Vaccination in Bombay 1902-1912 - 1902-1912
Year: 1902
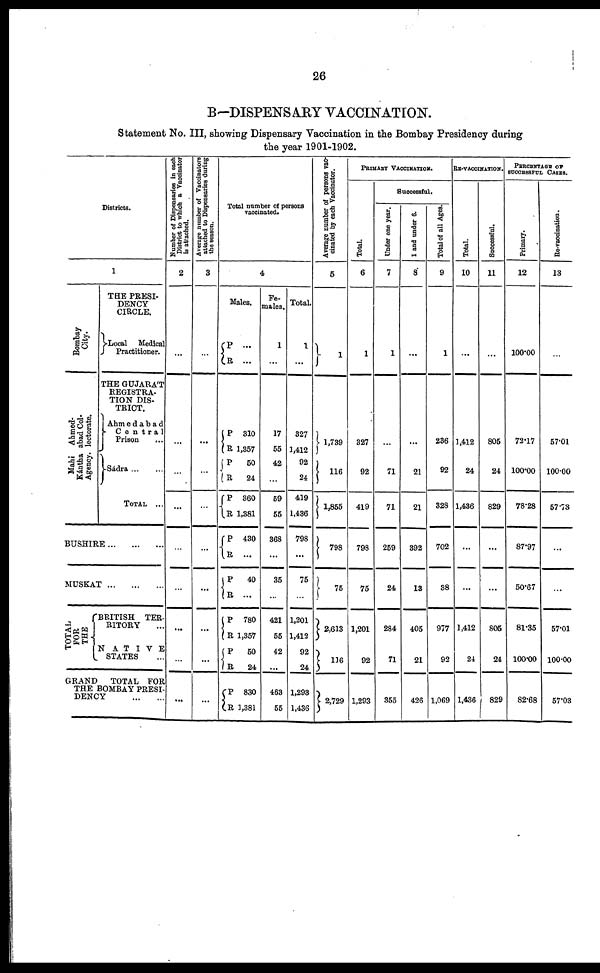
26
B—DISPENSARY VACCINATION.
Statement No. III, showing Dispensary Vaccination in the Bombay Presidency during
the year 1901-1902.
Districts.
1
Bombay
City.
Ahmed¬
abad Col¬
lectorate.
Mahi
Kántha
Agency.
THE PRESI-
DENCY
CIRCLE.
Local Medical
Practitioner.
THE GUJARÁT
REGISTRA-
TION DIS-
TRICT.
Ahmedabad
Central
Prison ...
Sádra ... ...
TOTAL ...
BUSHIRE
...
...
...
MUSKAT
...
...
...
TOTAL
FOR
THE
BRITISH TER¬
RITORY
NATIVE
STATES ...
GRAND
TOTAL FOR
THE BOMBAY PRESI-
DENCY
...
...
Number of Dispensaries in each
District to which a Vaccinator
is attached.
2
...
...
...
...
...
...
...
...
...
Average number of Vaccinators
attached to Dispensaries during
the season.
3
...
...
...
...
...
...
...
...
...
Total number of persons
vaccinated.
4
Males.
P
R
P
R
P
R
P
R
P
R
P
R
P
R
P
R
P
R
...
...
310
1,357
50
24
360
1,381
430
...
40
...
780
1,357
50
24
830
1,381
Fe-
males.
1
...
17
55
42
...
59
55
368
...
35
...
421
55
42
...
463
55
Total.
1
...
327
1,412
92
24
419
1,436
798
...
75
...
1,201
1,412
92
24
1,293
1,436
Average number of persons vac-
cinated by each Vaccinator.
5
1
1,739
116
1,855
798
75
2,613
116
2,729
PRIMARY VACCINATION.
Total.
6
1
327
92
419
798
75
1,201
92
1,293
Successful.
Under one year.
7
1
...
71
71
259
24
284
71
355
1 and under 6.
8
...
...
21
21
392
13
405
21
426
Total of all Ages.
9
1
236
92
328
702
38
977
92
1,069
RE-VACCIANTION.
Total.
10
...
1,412
24
1,486
...
...
1,412
24
1,436
Successful.
11
...
805
24
829
...
...
805
24
829
PERCENTAGE OF
SUCCESSFUL CASES.
Primary.
12
100.00
72.17
100.00
78.28
87.97
50.67
81.35
100.00
82.68
Re-vaccination.
13
...
57.01
100.00
57.73
...
...
57.01
100.00
57.03